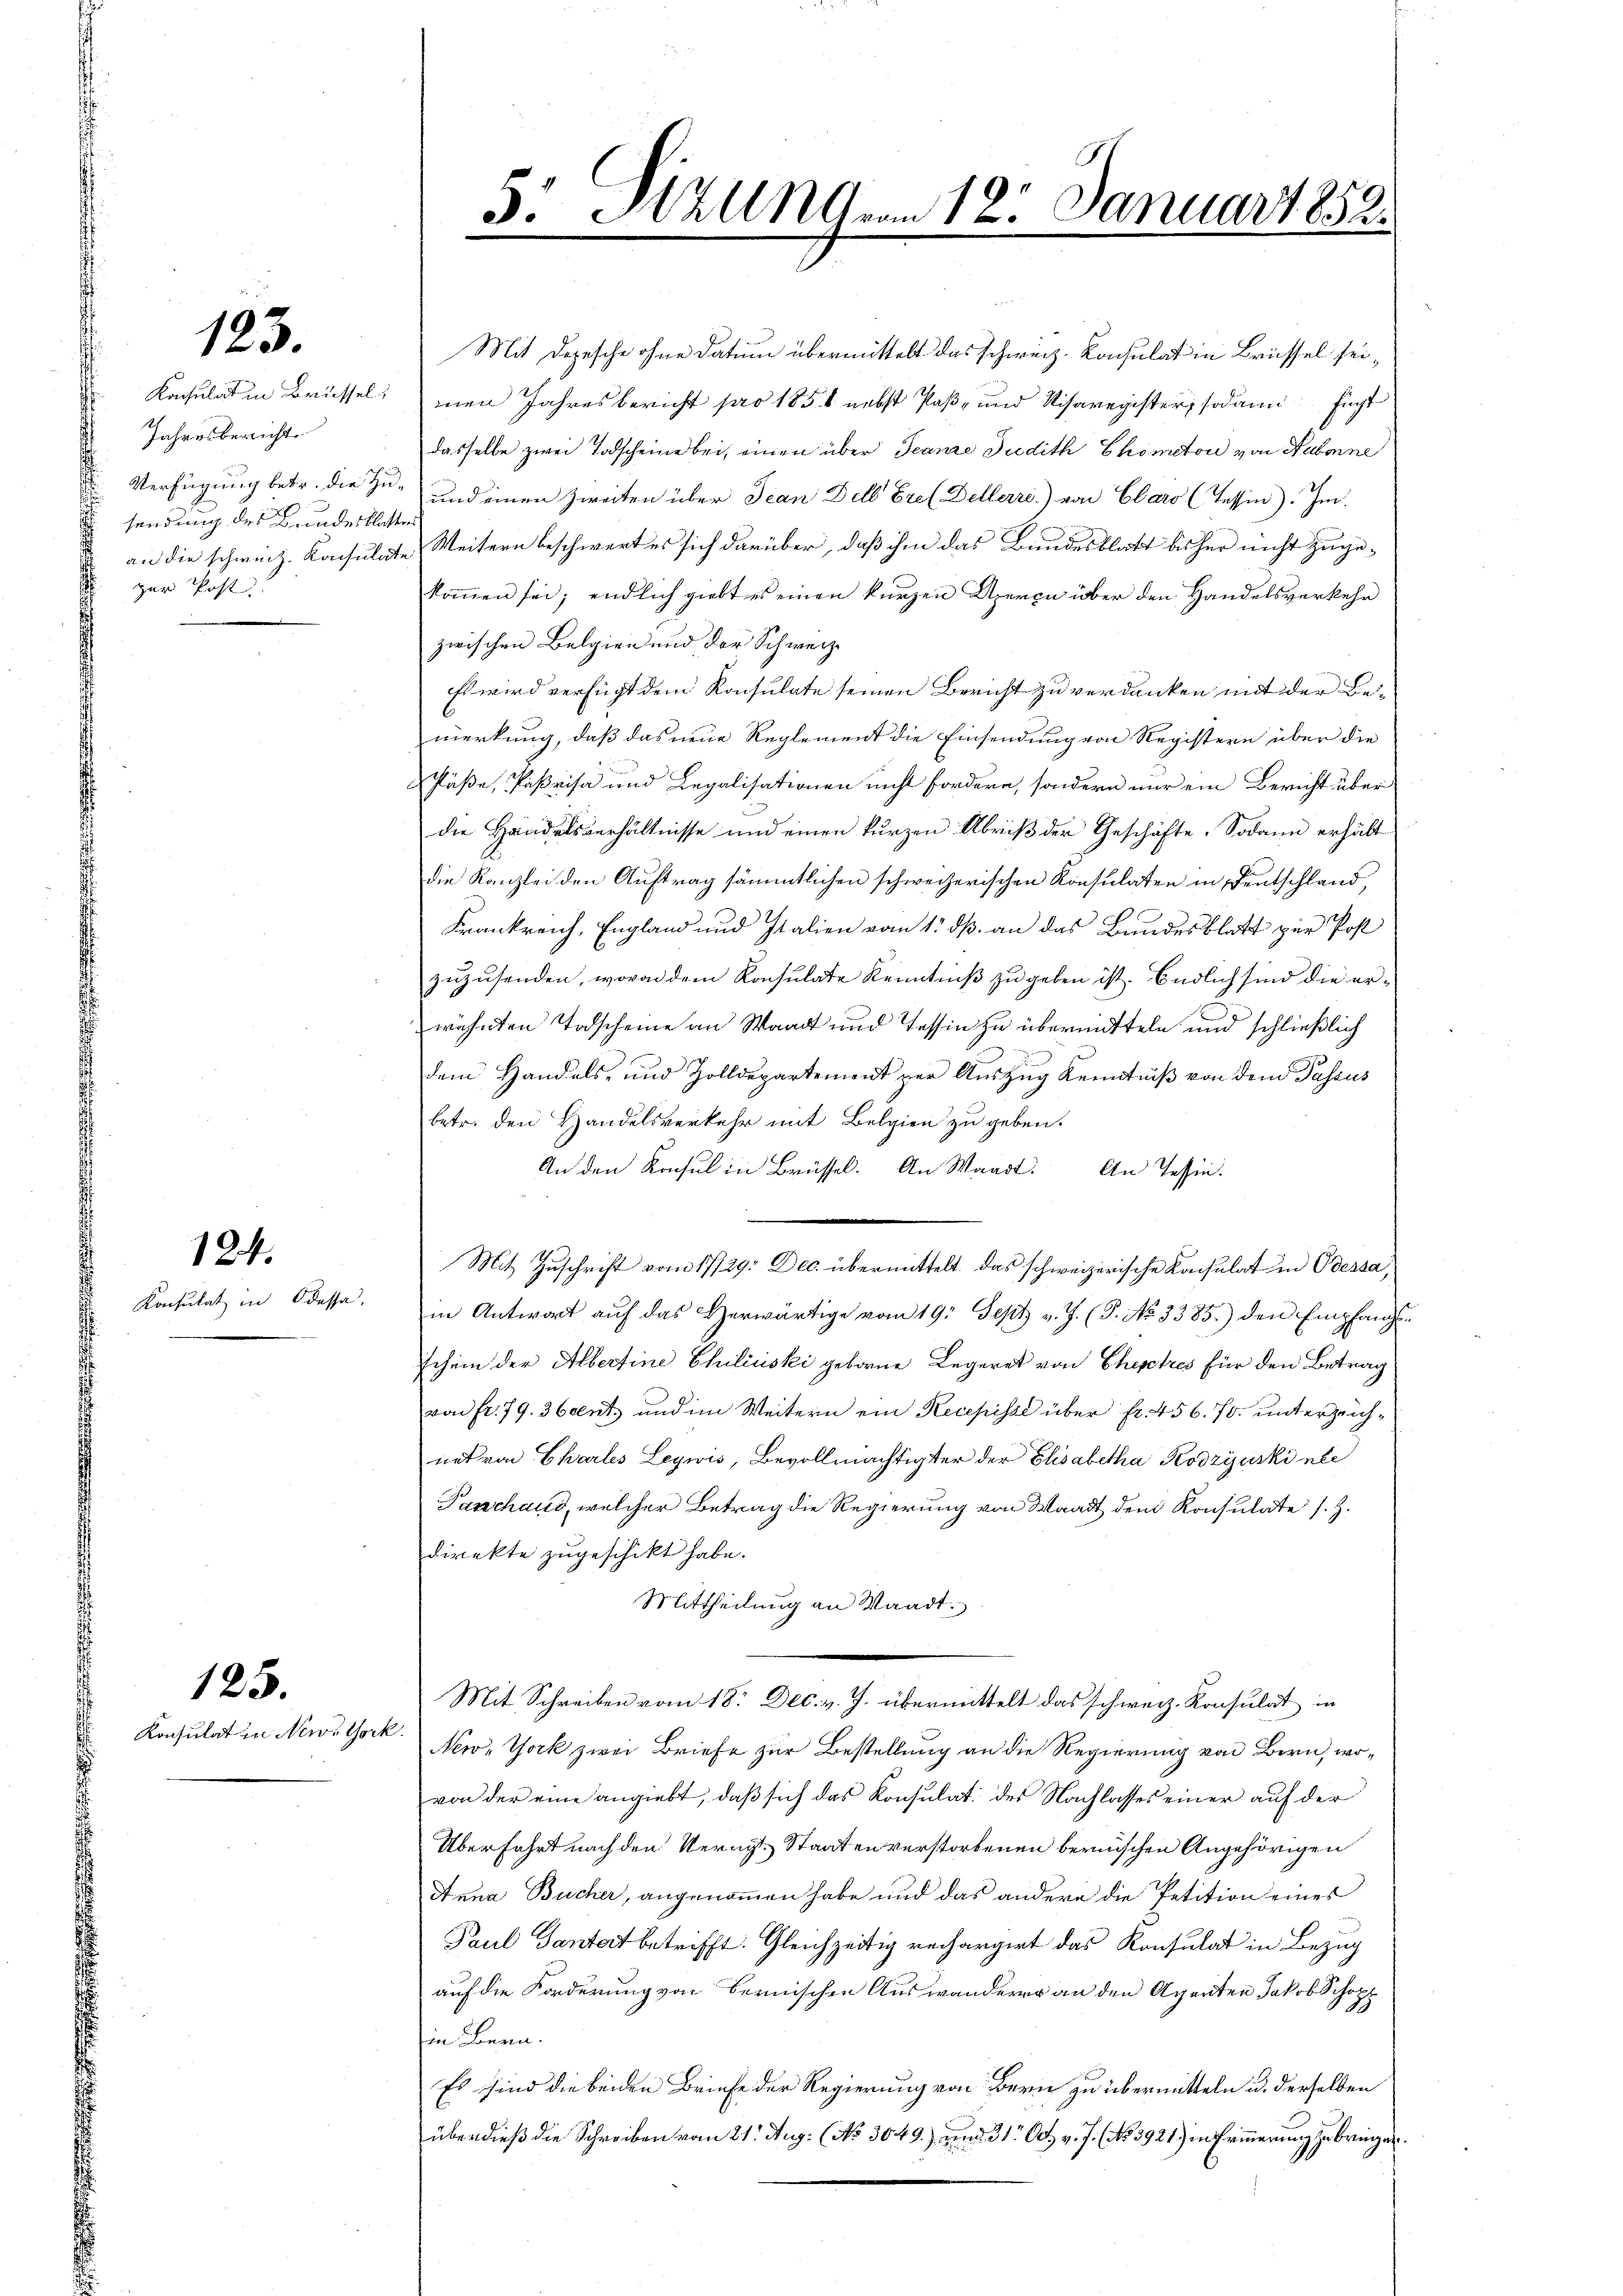
123.

Jahresbericht

sendung des Bundesklaster
zur Post

124.

Konsulat in Odessa,

Konsulat in New York

125.

Mit Depesche ohne Datum übermittelt das schweiz. Konsulat in Brüssel sei¬
Konsulat in Brüssel, den Jahresbericht pro 1851 nebst Paß- und Visaregister, sodann fügt
dasselbe zwei Todscheine bei, einen über Jeanze Judith Chomctor von Hubonne
Verfügung betr. die zu und einen Zweiten über Jean Dell Er. (Dellerri.) von Clars (Tessin). Im
 an die schweiz. Konsulate Weitern beschwert es sich darüber, daß ihm das Bundesblatt bisher nicht zugekommen sei; endlich giebt es einen kurzen Uferen über den Handelsverkehr
zwischen Belgien und der Schweiz
Es wird verfügt dem Konsulate seinen Bericht zu verdanken mit der Bemerkung, daß das neue Reglement die Einsendung von Registern über die
Schlüße, Parisa und Legalisationen nicht fordern, sondern nur ein Bericht über
die Handelsverhältnisse und einen kurzen Abriß der Geschäfte. Sodann erhält
die Kanzlei den Auftrag sämmtlichen schweizerischen Konsulaten in Deutschland,
Frankreich, England und Italien vom 1. dß. an das Bundesblatt zur Post
zuzusenden, wovon dem Konsulate Kenntniß zu geben ist. Endlich sind die erwähnten Todscheine an Waadt und Tessin zu übermitteln und schließlich
dem Handels- und Zolldepartement zur Auszug Kenntniß von dem Passus
betr. den Handelsverkehr mit Belgien zu geben.
An den Konsul in Brüssel. An Waadt. An Tessin.
Mit Zuschrift vom 17/29. Dec. übermittelt das schweizerische Konsulat in Odessa,
in Antwort aŭf das Herwärtige vom 19. Sept v. J. (T. No. 3385.) den Empfangs¬
Ichein der Albertine Chiliuski geborne Legeret von Ehestres für den Betrag
von fr. 79. 36 ents und im Weitern ein Recepisse über fr. 456. 70. unterzeichnat von Charles Leywis, Bevollmächtigter der Elisabetha Kodzijuskinte
Parschaus, welcher Betrag die Regierung von Waadt dem Konsulate s. Z.
direkte zugeschickt habe.
Mittheilung an Waadt.
Mit Schreiben vom 18. Dec. v. J. übermittelt das schweiz. Konsulat in
New-York zwei Briefe zur Bestellung an die Regierung von Bern, wovon der eine angiebt, daß sich das Konsulat: des Nachlasses einer auf der
Überfahrt nach den Veracht Staaten verstorbenen bernischen Angehörigen
Anna Bucher, angenommen habe und das andere die Petition eines
Paul Gantat betrifft. Gleichzeitig rechargirt das Konsulat in Bezug
auf die Forderung von Bernischen Auswanderer an den Agenten Jakob Schopp
in Bern.
Es sind die beiden Briefe der Regierung von Bern zu übermitteln u. derselben
überdieß die Schreiben vom 21. Aug. No 3049.) und 31 O v. J. (No. 3921) in Erinnerung zu bringen.

5: NZUNG von 18. Januar 1858.